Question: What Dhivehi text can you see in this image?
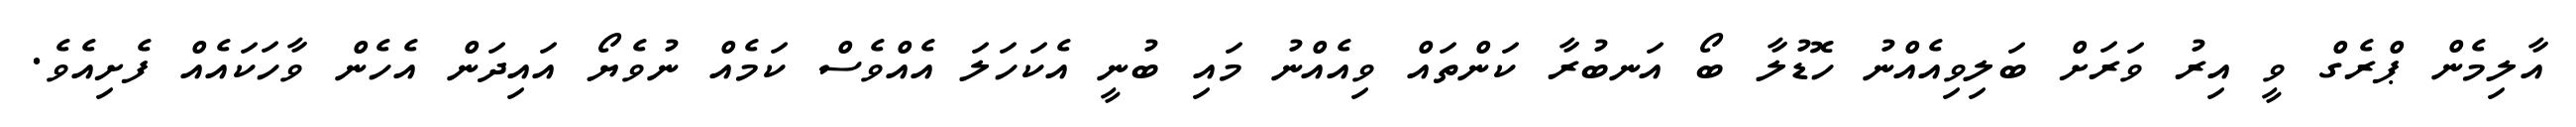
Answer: އާލިމެން ޕްރެގް ވީ އިރު ވަރަށް ބަލިވިއެއްނު ހޮޑުލާ ބޯ އަނބުރާ ކަންތައް ވިއެއްނު މައި ބުނީ އެކަހަލަ އެއްވެސް ކަމެއް ނުވެޔޯ އައިދަން އެހެން ވާހަކައެއް ފެށިއެވެ.